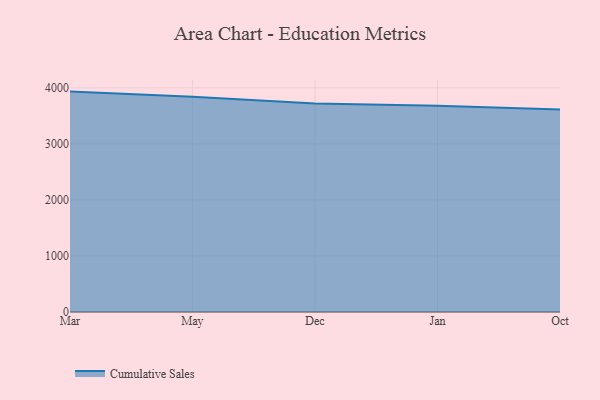
{"axis": {"x": "Month", "y": "Churn Rate (%)"}, "legend": ["Cumulative Sales"], "data": [{"x": "Mar", "y": 3933.0, "type": "Cumulative Sales"}, {"x": "May", "y": 3841.9, "type": "Cumulative Sales"}, {"x": "Dec", "y": 3721.3, "type": "Cumulative Sales"}, {"x": "Jan", "y": 3681.5, "type": "Cumulative Sales"}, {"x": "Oct", "y": 3611.7, "type": "Cumulative Sales"}]}